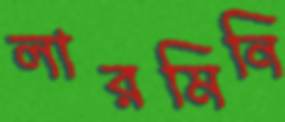
লারমিনি